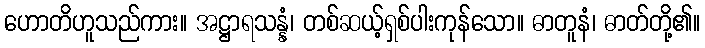
ဟောတိဟူသည်ကား။ အဋ္ဌာရသန္နံ၊ တစ်ဆယ့်ရှစ်ပါးကုန်သော။ ဓာတူနံ၊ ဓာတ်တို့၏။